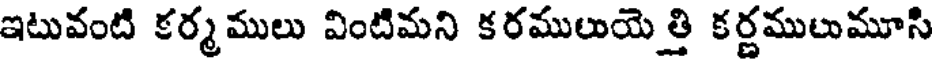
ఇటువంటి కర్మములు వింటిమని కరములుయెత్తి కర్ణములుమూసి